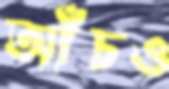
আঁচও